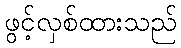
ဖွင့်လှစ်ထားသည်